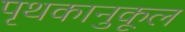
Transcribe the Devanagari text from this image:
पृथकानुकूल